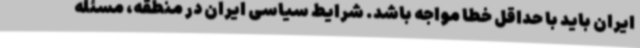
ایران باید با حداقل خطا مواجه باشد. شرایط سیاسی ایران در منطقه، مسئله